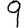
Digit: 9